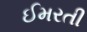
ઈમરતી